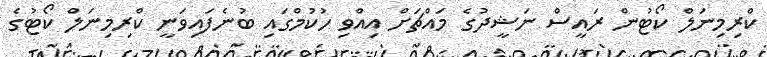
ކްރިމިނަލް ކޯޓުން ރައީސް ނަޝީދުގެ މައްޗަށް އިއްވި ހުކުމްގައި ބުނެފައިވަނީ ކްރިމިނަލް ކޯޓުގެ